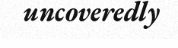
uncoveredly